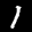
Label: 1